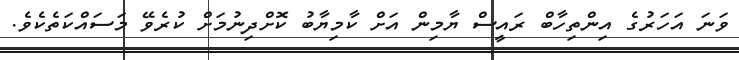
ވަނަ އަހަރުގެ އިންތިހާބް ރައީސް ޔާމިން އަށް ކާމިޔާބު ކޮށްދިނުމަށް ކުރެވޭ މަސައްކަތެކެވެ.